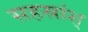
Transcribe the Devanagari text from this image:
सहस्रांश्